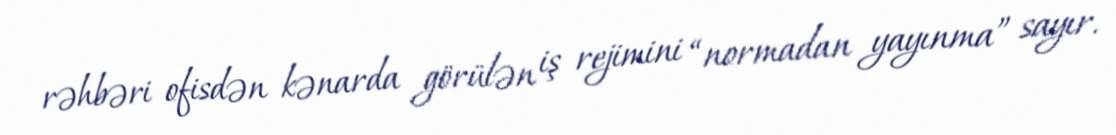
rəhbəri ofisdən kənarda görülən iş rejimini “normadan yayınma” sayır.